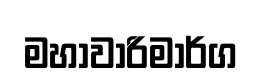
මහාවාරිමාර්ග